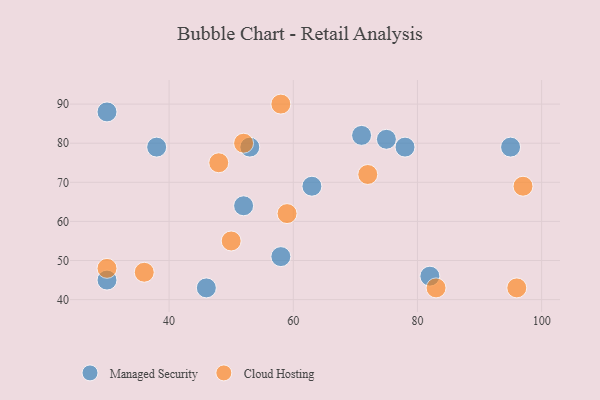
{"axis": {"x": "GDP", "y": "Life Expectancy"}, "legend": ["Cloud Hosting", "Managed Security"], "data": [{"x": "30", "y": 45, "type": "Managed Security"}, {"x": "58", "y": 51, "type": "Managed Security"}, {"x": "52", "y": 64, "type": "Managed Security"}, {"x": "75", "y": 81, "type": "Managed Security"}, {"x": "78", "y": 79, "type": "Managed Security"}, {"x": "46", "y": 43, "type": "Managed Security"}, {"x": "95", "y": 79, "type": "Managed Security"}, {"x": "63", "y": 69, "type": "Managed Security"}, {"x": "71", "y": 82, "type": "Managed Security"}, {"x": "82", "y": 46, "type": "Managed Security"}, {"x": "38", "y": 79, "type": "Managed Security"}, {"x": "30", "y": 88, "type": "Managed Security"}, {"x": "53", "y": 79, "type": "Managed Security"}, {"x": "48", "y": 75, "type": "Cloud Hosting"}, {"x": "59", "y": 62, "type": "Cloud Hosting"}, {"x": "36", "y": 47, "type": "Cloud Hosting"}, {"x": "83", "y": 43, "type": "Cloud Hosting"}, {"x": "52", "y": 80, "type": "Cloud Hosting"}, {"x": "97", "y": 69, "type": "Cloud Hosting"}, {"x": "50", "y": 55, "type": "Cloud Hosting"}, {"x": "72", "y": 72, "type": "Cloud Hosting"}, {"x": "30", "y": 48, "type": "Cloud Hosting"}, {"x": "58", "y": 90, "type": "Cloud Hosting"}, {"x": "96", "y": 43, "type": "Cloud Hosting"}]}